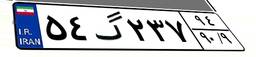
۵۴گ۲۳۷۹۴